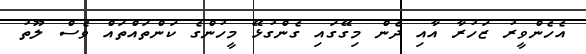
އެހެންވީރު ޒަހުރާ އާއި ދެން މިގޭގައި ގެންގުޅޭ މީހުންގެ ކަންތައްތައް ވެސް ލޫތު